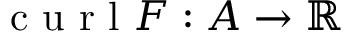
\normalfont \mathrm { ~ c ~ u ~ r ~ l ~ } F : A \rightarrow \mathbb { R }